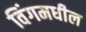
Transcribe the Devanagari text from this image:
विंगमधील